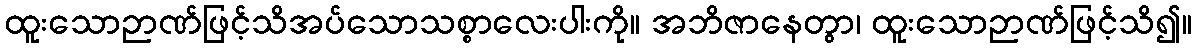
ထူးသောဉာဏ်ဖြင့်သိအပ်သောသစ္စာလေးပါးကို။ အဘိဇာနေတွာ၊ ထူးသောဉာဏ်ဖြင့်သိ၍။